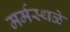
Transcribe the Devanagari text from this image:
मर्मस्थळे